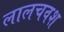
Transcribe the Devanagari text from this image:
लालचवश